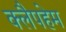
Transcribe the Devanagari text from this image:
क्लैपहेम